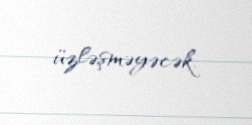
üzləşməyəcək.